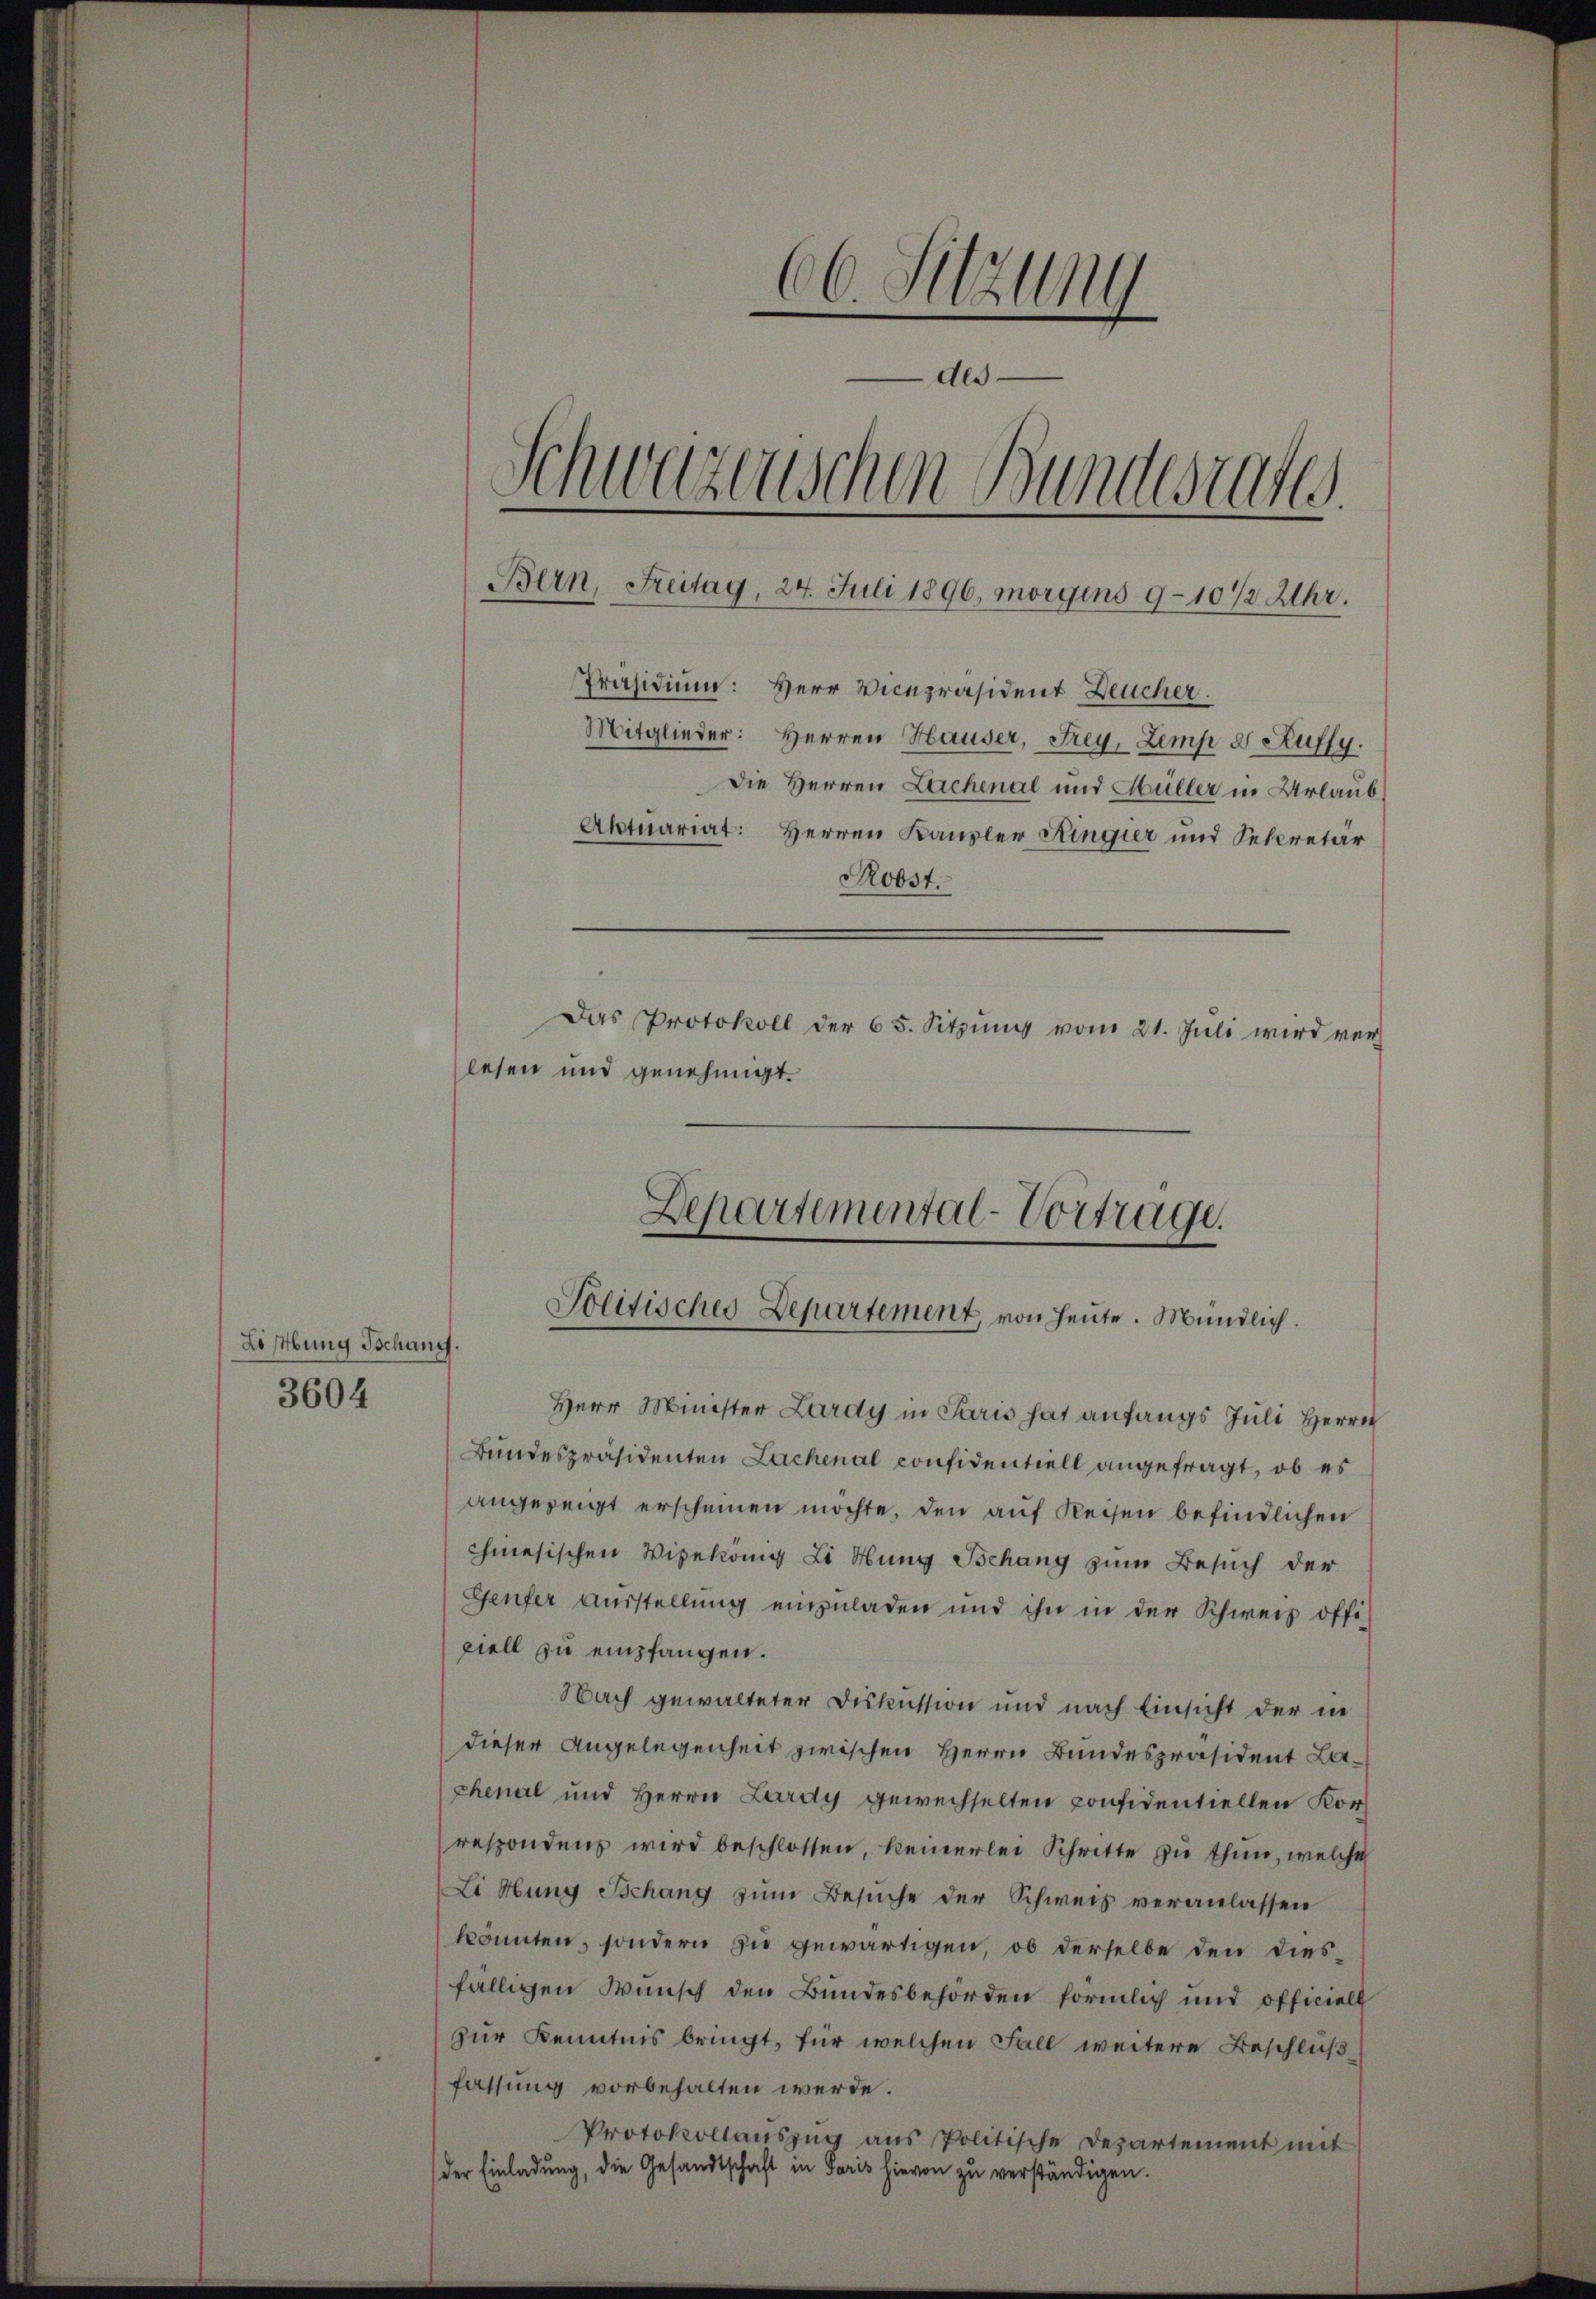
Lösung Schang.
3604

66 Sitzung
e
des
Schu
1
auischen Bundesrates.
Bern, Freitag, 24. Juli 1896, morgens 9-10 1/2 Uhr.
Präsidium: Herr Vicepräsident Deucher.
Mitglieder: Herren Hauser, Frey, Zemp d Auffy.
Die Herren Lachenal und Müller in Urlaub.
Aktuariat: Herren Kanzler Kingier und Secretär
Roost.
Das Protokoll der 65. Sitzung vom 21. Juli wird verlesen und genehmigt.

Herr Minister Lardy in Paris hat anfangs Juli Herrn
Bundespräsidenten Lachenal considentiell angefragt, ob es
angezeigt erscheinen möchte, den auf Reisen befindlichen
chinesischen Vizekonig Li Hung Behang zum Besuch der
Genfer Ausstellung einzuladen und ihn in der Schweiz offipiell zu empfangen.
Nach gewalteter Diskussion und nach Einsicht der in
dieser Angelegenheit zwischen Herrn Bundespräsident Laphenal und Herrn Lardy gewechselten ponsidentiellen Korrespondenz wird beschlossen, keinerlei Schritte zu thun, welche
Li Hung Behang zum Besuche der Schweis veranlassen
könnten, sondern zu gewärtigen, ob derselbe den diesfälligen Wunsch den Bundesbehörden förmlich und officiell
zur Kenntnis bringt, für welchen Fall weitere Beschluß
fassung vorbehalten werde.
Protokollaŭszŭg aŭs Politische Departement mit
der Einladung, die Gesandtschaft in Paris hievon zu verständigen.

Departemental-Vortrage.
Solitisches Departement, von heute. Mündlich.